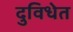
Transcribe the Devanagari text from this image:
दुविधेत